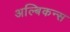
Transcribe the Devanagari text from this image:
अल्बिकन्स